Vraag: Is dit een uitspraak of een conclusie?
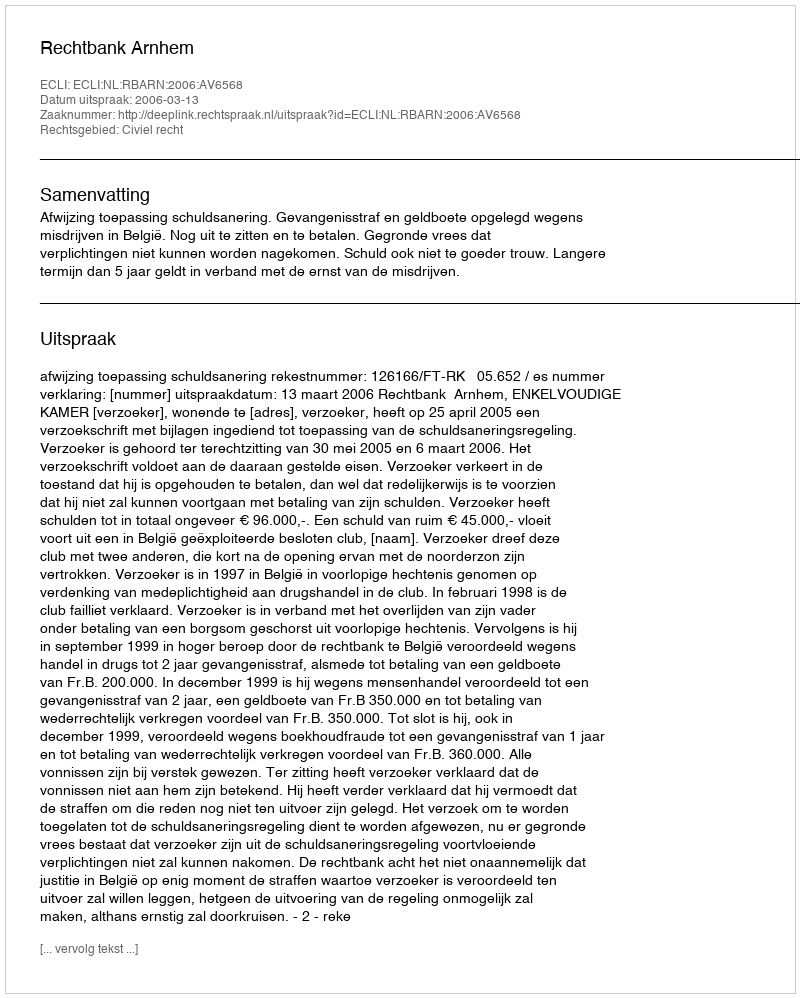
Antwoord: Uitspraak